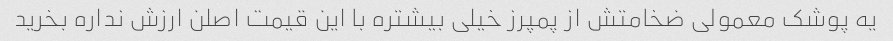
یه پوشک معمولی ضخامتش از پمپرز خیلی بیشتره با این قیمت اصلن ارزش نداره بخرید